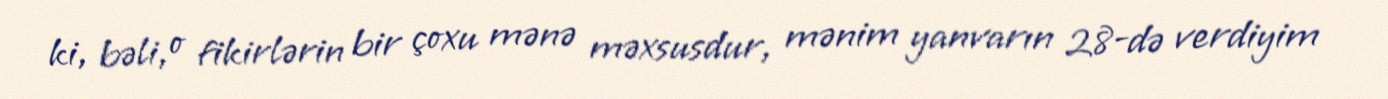
ki, bəli, o fikirlərin bir çoxu mənə məxsusdur, mənim yanvarın 28-də verdiyim